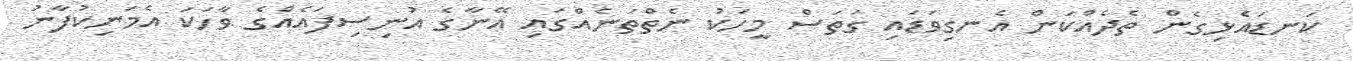
ކަނޑައެޅިގެން ތެދެއްކަން އެނގިވަޑައި ގަތަސް މީހަކު ނެތްތަނެއްގައި އޭނާގެ އުނިސިފައެއްގެ ވާހަކަ އެމަނިކުފާނު